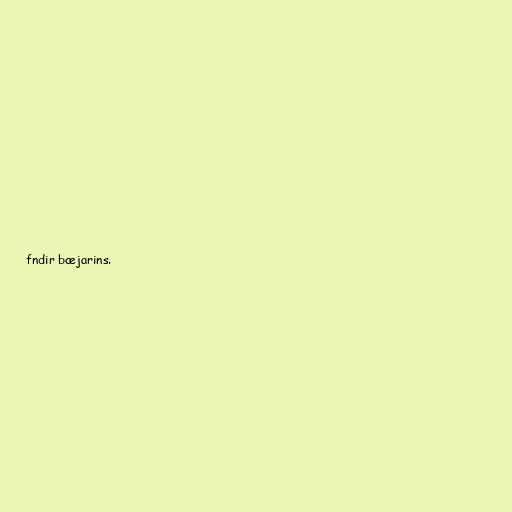
fndir bæjarins.